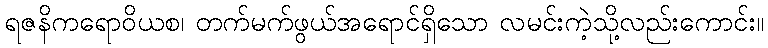
ရဇနိကရောဝိယစ၊ တက်မက်ဖွယ်အရောင်ရှိသော လမင်းကဲ့သို့လည်းကောင်း။